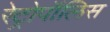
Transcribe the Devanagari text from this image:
रेट्रोपॉलिस